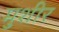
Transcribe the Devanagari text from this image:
मुशीर